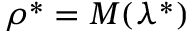
\boldsymbol { \rho } ^ { * } = \boldsymbol { M } ( \boldsymbol { \lambda ^ { * } } )